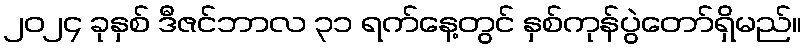
၂၀၂၄ ခုနှစ် ဒီဇင်ဘာလ ၃၁ ရက်နေ့တွင် နှစ်ကုန်ပွဲတော်ရှိမည်။